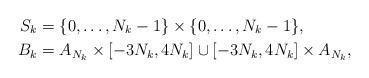
LaTeX: \begin{align*}S_k &= \{ 0,\ldots, N_k-1\}\times \{ 0,\ldots, N_k-1 \},\\B_k &= A_{N_k}\times [-3N_k,4N_k] \cup [-3N_k,4 N_k]\times A_{N_k},\end{align*}